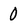
Character: 0